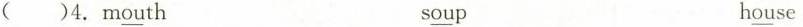
( )4. m\underline{ou}th s \underline{ou}p h \underline{ou}se